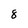
Character: 8